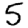
Digit: 5